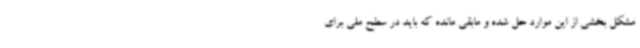
مشکل بخشی از این موارد حل شده و مابقی مانده که باید در سطح ملی برای